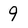
Character: 9